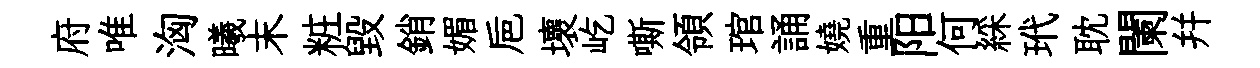
府唯洶曦末粧毀銷媚巵壞屹嘶領琯誦嬈重阳何綵玳耽闌幷